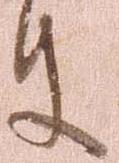
件